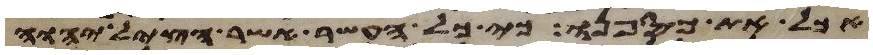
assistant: אכל את כספנו כי כל העשר אשר הציל יהוה